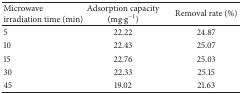
<table><thead><tr><td><b>Microwave irradiation time (min)</b></td><td><b>Adsorption capacity (mg·g<sup>−1</sup>)</b></td><td><b>Removal rate (%)</b></td></tr></thead><tbody><tr><td>5</td><td>22.22</td><td>24.87</td></tr><tr><td>10</td><td>22.43</td><td>25.07</td></tr><tr><td>15</td><td>22.76</td><td>25.03</td></tr><tr><td>30</td><td>22.33</td><td>25.15</td></tr><tr><td>45</td><td>19.02</td><td>21.63</td></tr></tbody></table>